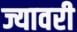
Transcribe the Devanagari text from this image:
ज्यावरी